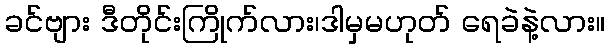
ခင်ဗျား ဒီတိုင်းကြိုက်လား၊ဒါမှမဟုတ် ရေခဲနဲ့လား။